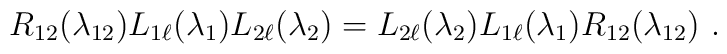
R_{12}(\lambda_{12})L_{1\ell}(\lambda_1)L_{2\ell}(\lambda_2)=L_{2\ell}(\lambda_2)L_{1\ell}(\lambda_1)R_{12}(\lambda_{12})\ .